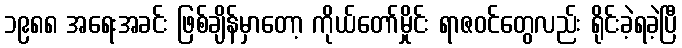
၁၉၈၈ အရေးအခင်း ဖြစ်ချိန်မှာတော့ ကိုယ်တော်မှိုင်း ရာဇဝင်တွေလည်း ရိုင်းခဲ့ရခဲ့ပြီ